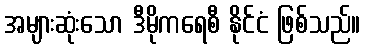
အများဆုံးသော ဒီမိုကရေစီ နိုင်ငံ ဖြစ်သည်။